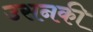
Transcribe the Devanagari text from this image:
उसनकी